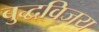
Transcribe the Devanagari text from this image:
बुद्धविजय